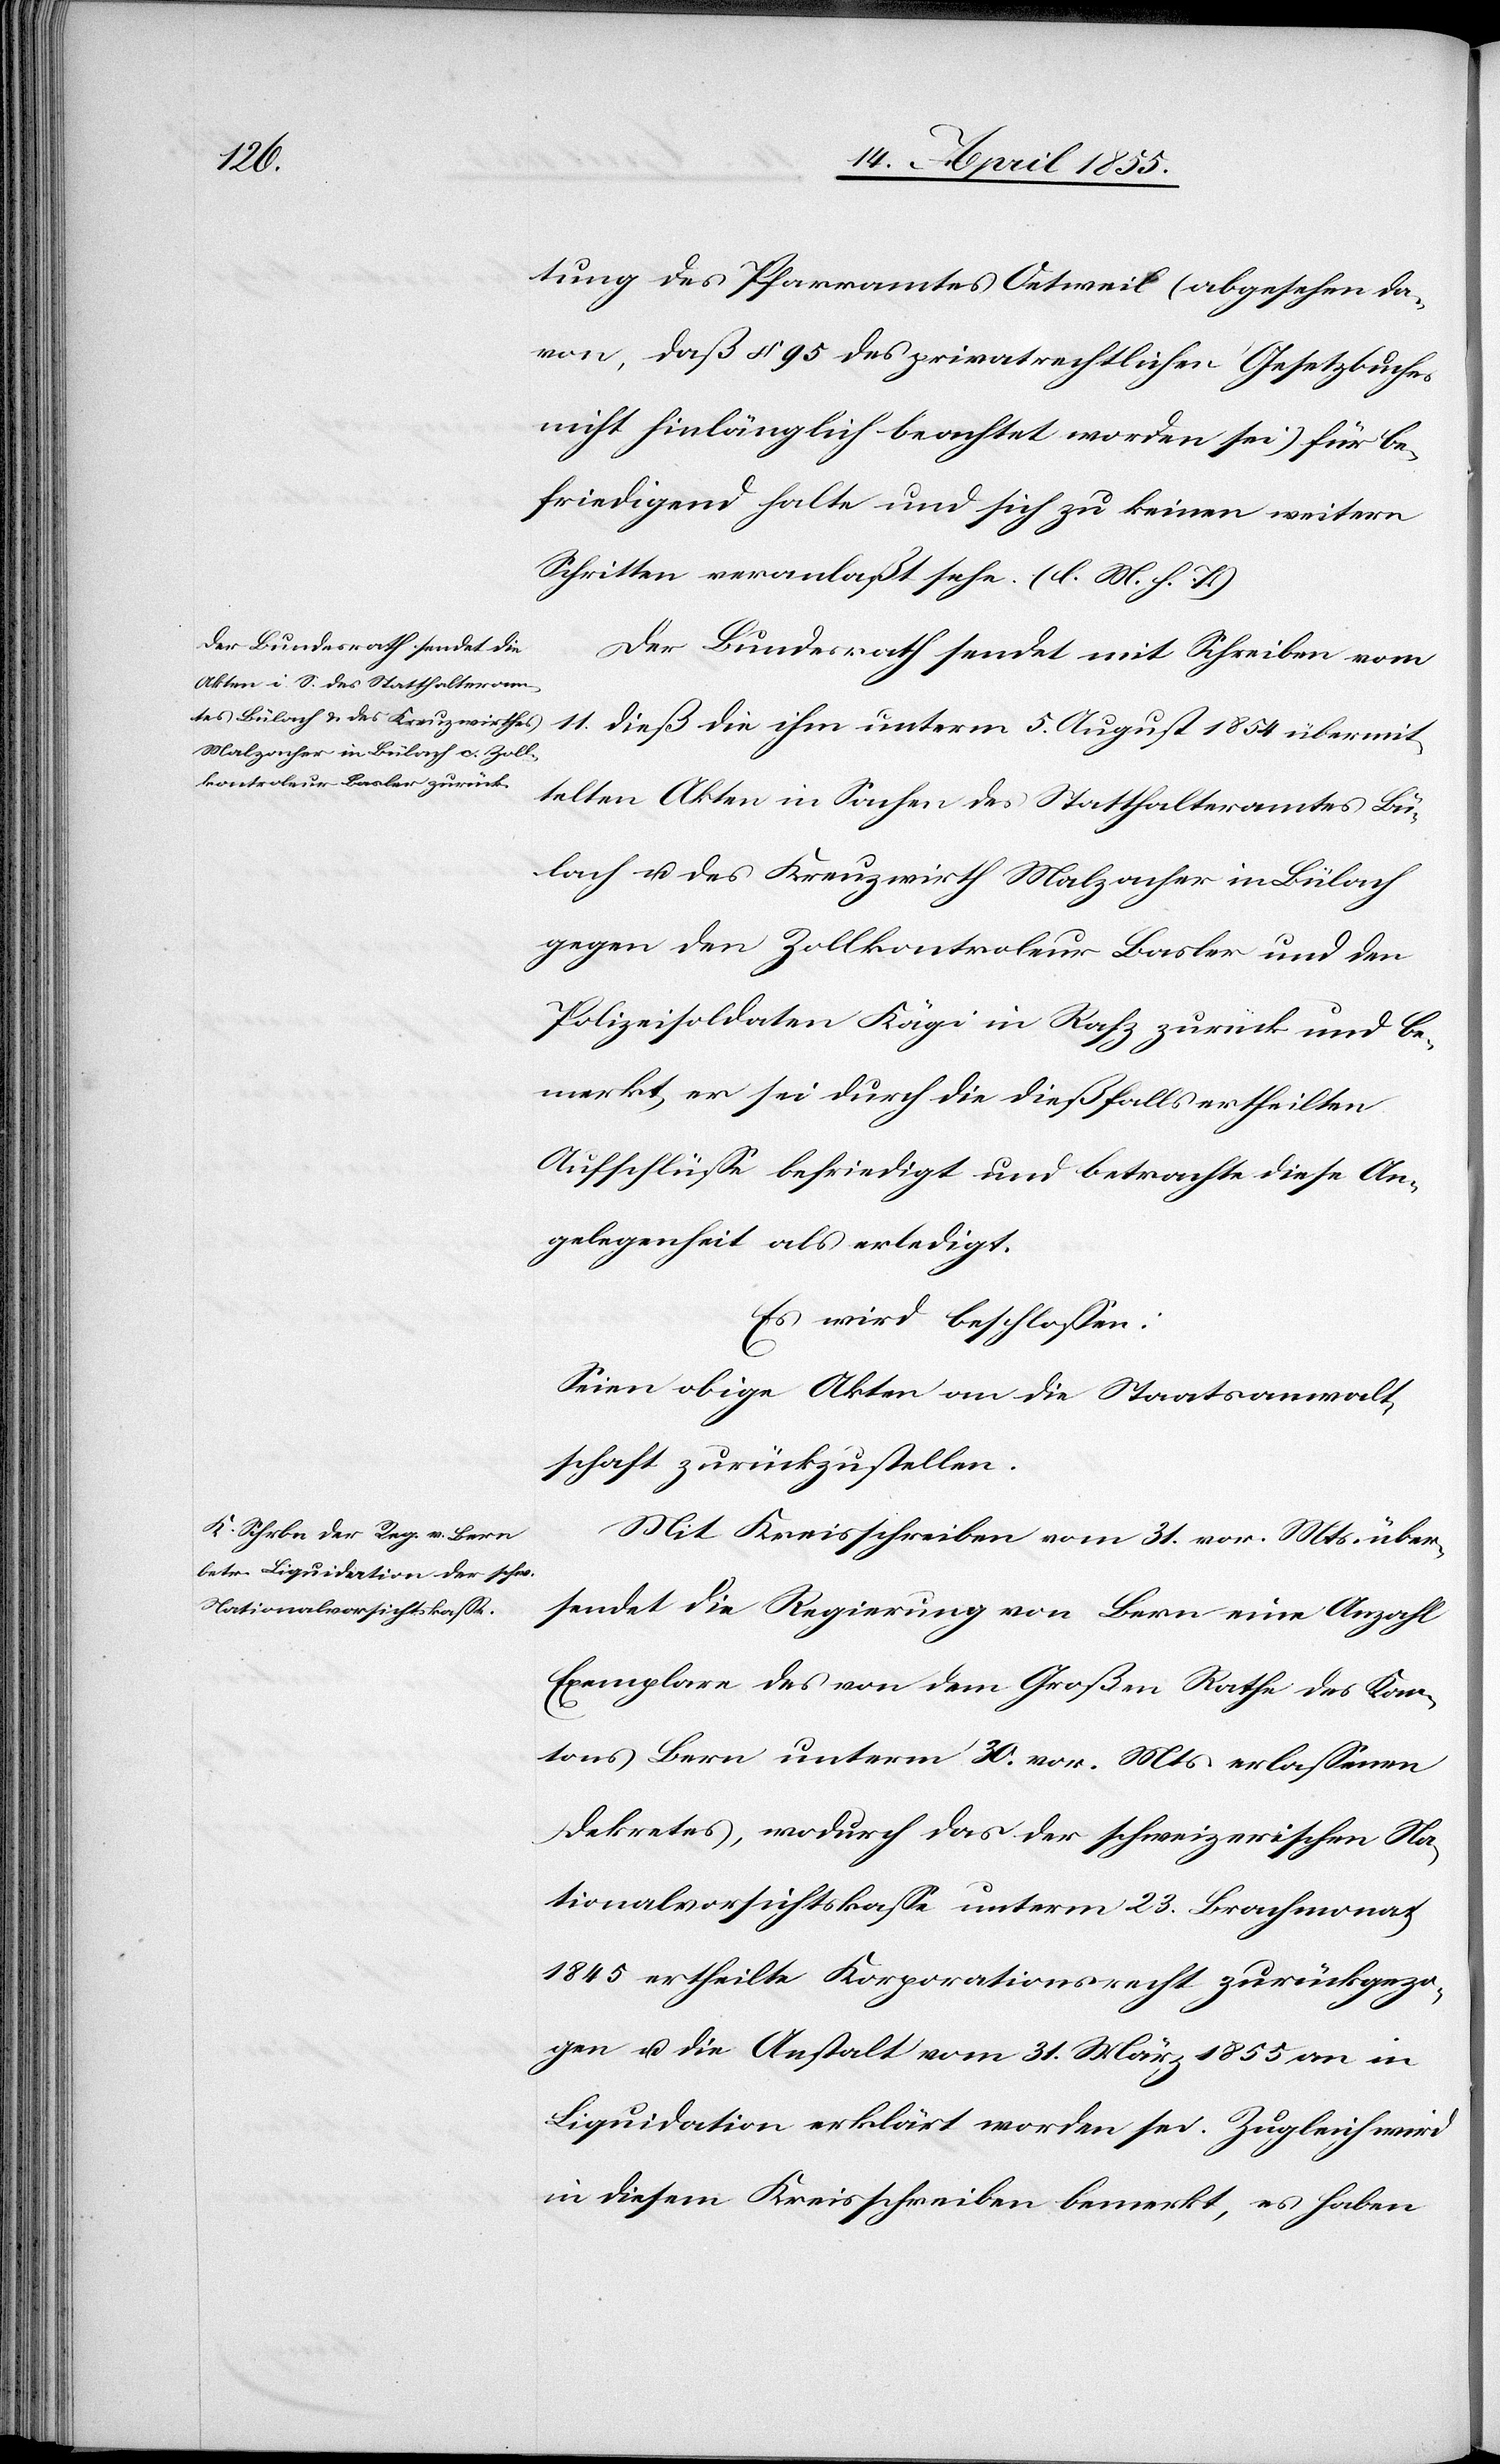
tung des Pfarramtes Oetweil (abgesehen da¬
von, daß § 95 des privatrechtlichen Gesetzbuches
nicht hinlänglich beachtet worden sei) für be¬
friedigend halte und sich zu keinen weitern
Schritten veranlaßt sehe. (l. M. h. T.)
Der Bundesrath sendet mit Schreiben vom
11. dieß die ihm unterm 5. August 1854 übermit¬
telten Akten in Sachen des Statthalteramtes Bü¬
lach u. des Kreuzwirth Malzacher in Bülach
gegen den Zollkontroleur Basler und den
Polizeisoldaten Kägi in Rafz zurück und be¬
merkt, er sei durch die dießfalls ertheilten
Aufschlüsse befriedigt und betrachte diese An¬
gelegenheit als erledigt.
Es wird beschlossen:
Seien obige Akten an die Staatsanwalt¬
schaft zurückzustellen.
Mit Kreisschreiben vom 31. vor. Mts. über¬
sendet die Regierung von Bern eine Anzahl
Exemplare des von dem Großen Rathe des Kan¬
tons Bern unterm 30. vor. Mts. erlassenen
Dekretes, wodurch das der schweizerischen Na¬
tionalvorsichtskasse unterm 23. Brachmonat
1845 ertheilte Korporationsrecht zurückgezo¬
gen u. die Anstalt vom 31. März 1855 an in
Liquidation erklärt worden sei. Zugleich wird
in diesem Kreisschreiben bemerkt, es haben